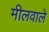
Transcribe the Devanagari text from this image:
मीलवाले